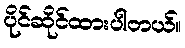
ပိုင်ဆိုင်ထားပါတယ်။